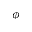
\phi